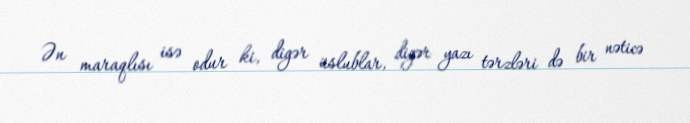
Ən maraqlısı isə odur ki, digər üslublar, digər yazı tərzləri də bir nəticə